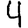
Digit: 4